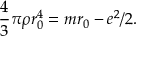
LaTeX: \frac 4 3 \pi \rho r _ { 0 } ^ { 4 } = m r _ { 0 } - e ^ { 2 } / 2 .